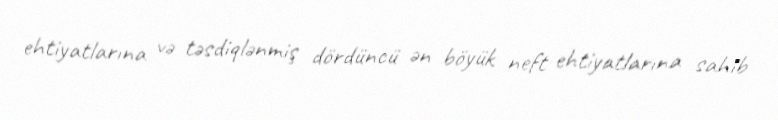
ehtiyatlarına və təsdiqlənmiş dördüncü ən böyük neft ehtiyatlarına sahib